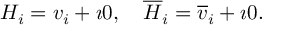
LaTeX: { \cal H } _ { i } = v _ { i } + \imath 0 , ~ ~ ~ { \cal \overline { { { H } } } } _ { i } = \overline { { { v } } } _ { i } + \imath 0 .